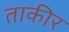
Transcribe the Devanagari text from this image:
ताकीर